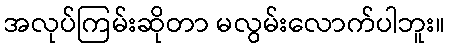
အလုပ်ကြမ်းဆိုတာ မလွမ်းလောက်ပါဘူး။